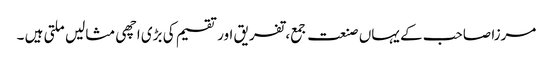
مرزا صاحب کے یہاں صنعت جمع، تفریق اور تقسیم کی بڑی اچھی مثالیں ملتی ہیں ۔